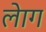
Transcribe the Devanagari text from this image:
लेाग